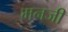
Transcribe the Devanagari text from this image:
मनजी